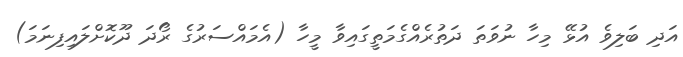
އަދި ބަލިވެ އުޅޭ މިހާ ނުވަތަ ދަތުރެއްގެމަތީގައިވާ މީހާ (އެމައްސަރުގެ ރޯދަ ދޫކޮށްލައިފިނަމަ)